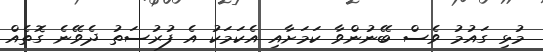
މުޅި ގައުމު ވެސް ބޭނުންވާ ކަމަށާއި އެކަމަކު އެ ފުރުސަތު ދެވޭނެ ގޮތެއް